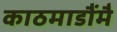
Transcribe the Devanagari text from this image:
काठमाडौंमै